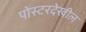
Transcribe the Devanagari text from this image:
पोस्टरदेखील